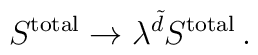
S^{\rm total} \rightarrow \lambda^{\tilde d} S^{\rm total}\, .